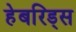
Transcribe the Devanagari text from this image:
हेबरिड्स